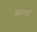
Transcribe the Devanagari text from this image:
विरूपताएँ